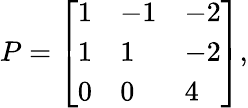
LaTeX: P=\left[\begin{array}{lll}{1}&{-1}&{-2}\\ {1}&{1}&{-2}\\ {0}&{0}&{4}\end{array}\right],